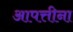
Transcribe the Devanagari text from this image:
आपत्तीना